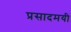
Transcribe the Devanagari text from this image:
प्रसादमयी